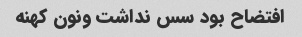
افتضاح بود سس نداشت ونون کهنه